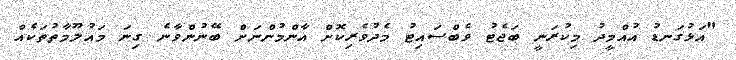
"އަޅުގަނޑު އުއްމީދު މިކުރަނީ ބަޖެޓު ވެބްސައިޓު މެދުވެރިކޮށް އާންމުންނަށް ބޭނުންވާނެ ގިނަ މައުލޫމާތުތަކެއް